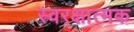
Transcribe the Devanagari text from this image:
स्वरक्षात्मक